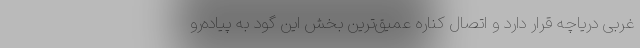
غربی دریاچه قرار دارد و اتصال کناره عمیق‌ترین بخش این گود به پیاده‌رو